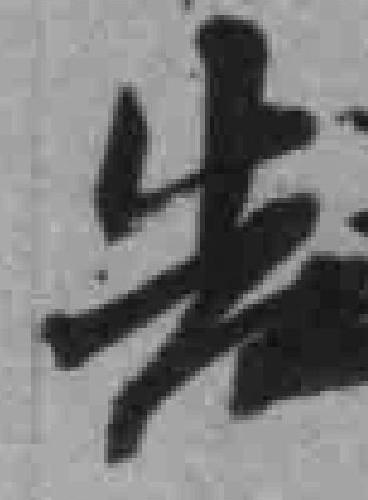
告